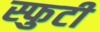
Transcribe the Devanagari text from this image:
स्फुटी